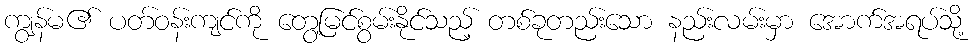
ကျွန်မ၏ ပတ်ဝန်းကျင်ကို တွေ့မြင်စွမ်းနိုင်သည့် တစ်ခုတည်းသော နည်းလမ်းမှာ အောက်အရပ်သို့